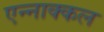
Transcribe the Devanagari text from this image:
एन्नाक्कल